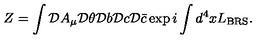
Z = \int { \cal D } A _ { \mu } { \cal D } \theta { \cal D } b { \cal D } c { \cal D } \bar { c } \exp i \int d ^ { 4 } x L _ { \mathrm { B R S } } .